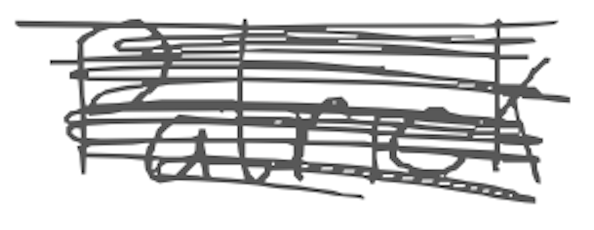
Text: Patrick
Cross-out: scratch
Writing tool: digital_gray